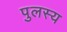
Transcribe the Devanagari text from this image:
पुलस्य